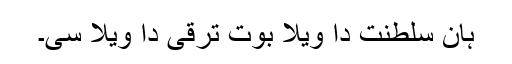
ہان سلطنت دا ویلا بوت ترقی دا ویلا سی۔